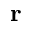
{ \bf r }